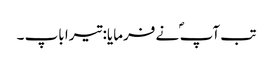
تب آپ ؐ نے فرمایا: تیرا باپ ۔